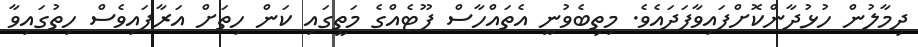
ދިމާލުން ހުޅުދާންކޮށްފައިވާފަދައެވެ. މިތިބެވުނީ އެތައްހާސް ފޫޓެއްގެ މަތީގައި ކަން ހިތަށް އަރާފައިވެސް ހިތުގައިވާ